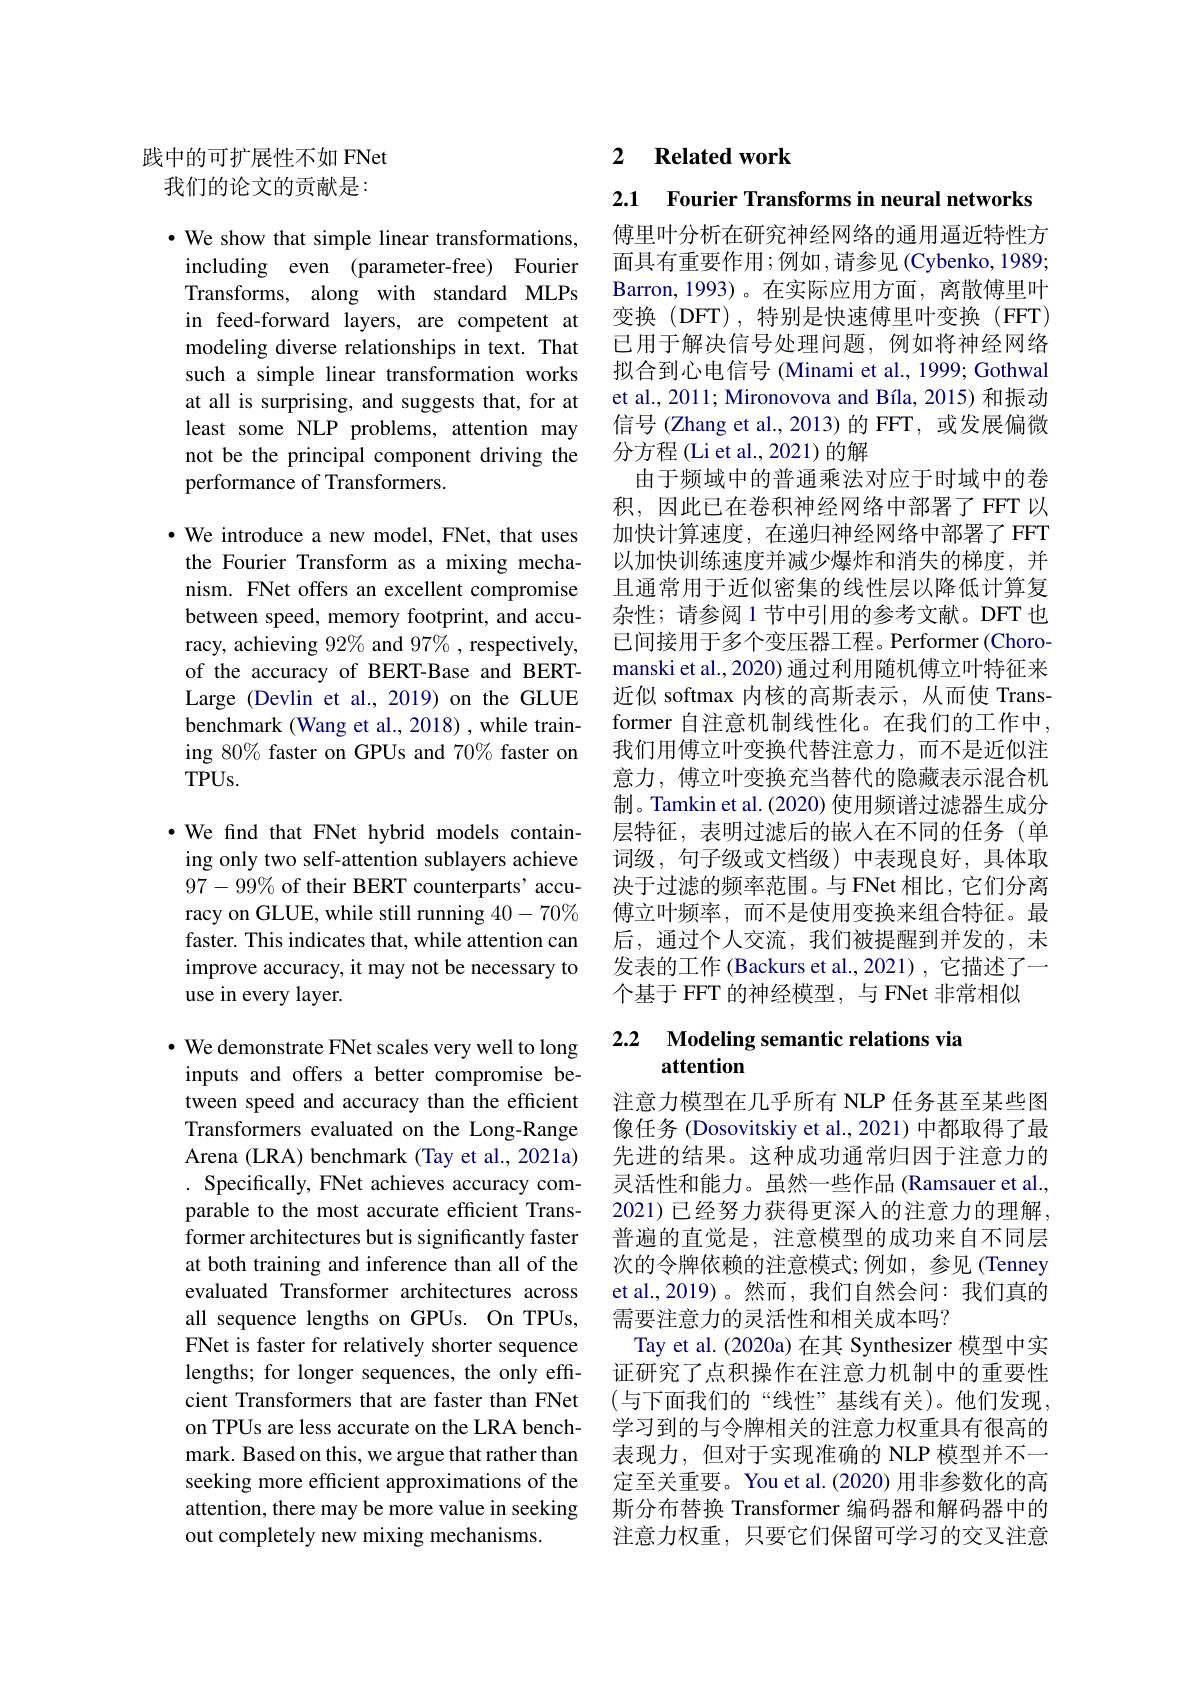
践中的可扩展性不如 FNet 我们的论文的贡献是：

$•$ We show that simple linear transformations, including even (parameter-free) Fourier Transforms, along with standard MLPs in feed-forward layers, are competent at modeling diverse relationships in text. That such a simple linear transformation works at all is surprising, and suggests that, for at least some NLP problems, attention may not be the principal component driving the performance of Transformers.

$\cdot$ We introduce a new model, FNet, that uses the Fourier Transform as a mixing mechanism. FNet offers an excellent compromise between speed, memory footprint, and accuracy, achieving 92% and 97% , respectively, of the accuracy of BERT-Base and BERTLarge (Devlin et al.,2019) on the GLUE benchmark (Wang et al., 2018) , while training 80% faster on GPUs and 70% faster on $TPUs.$

·We find that FNet hybrid models containing only two self-attention sublayers achieve $97-99\%$ of their BERT counterparts’accuracy on GLUE, while still running $40-70\%$ faster. This indicates that, while attention can improve accuracy, it may not be necessary to use in every layer.

$\cdot$ We demonstrate FNet scales very well to long inputs and offers a better compromise between speed and accuracy than the efficient Transformers evaluated on the Long-Range Arena (LRA) benchmark (Tay et al., 2021a) . Specifically, FNet achieves accuracy comparable to the most accurate efficient Transformer architectures but is significantly faster at both training and inference than all of the evaluated Transformer architectures across all sequence lengths on GPUs. On TPUs, FNet is faster for relatively shorter sequence lengths; for longer sequences, the only efficient Transformers that are faster than FNet on TPUs are less accurate on the LRA benchmark. Based on this, we argue that rather than seeking more efficient approximations of the attention, there may be more value in seeking out completely new mixing mechanisms.

### 2 $\textbf{Related work}$

2.1 Fourier Transforms in neural networks 傅里叶分析在研究神经网络的通用逼近特性方面具有重要作用；例如，请参见(Cybenko,1989; Barron,1993)。在实际应用方面，离散傅里叶变换(DFT),特别是快速傅里叶变换(FFT) 已用于解决信号处理问题，例如将神经网络拟合到心电信号 (Minami et al., 1999; Gothwal et al., 2011; Mironovova and Bíla, 2015) 和振动信号 (Zhang et al.,2013)的 FFT, 或发展偏微分方程(Li et al., 2021)的解
由于频域中的普通乘法对应于时域中的卷积，因此已在卷积神经网络中部署了FFT以加快计算速度，在递归神经网络中部署了 FFT 以加快训练速度并减少爆炸和消失的梯度，并且通常用于近似密集的线性层以降低计算复杂性；请参阅 1节中引用的参考文献。DFT 也已间接用于多个变压器工程。Performer (Choromanski et al., 2020) 通过利用随机傅立叶特征来近似 softmax 内核的高斯表示，从而使 Transformer 自注意机制线性化。在我们的工作中， 我们用傅立叶变换代替注意力，而不是近似注意力，傅立叶变换充当替代的隐藏表示混合机制。Tamkin et al. (2020) 使用频谱过滤器生成分层特征，表明过滤后的嵌入在不同的任务(单词级，句子级或文档级)中表现良好，具体取决于过滤的频率范围。与 FNet 相比，它们分离傅立叶频率，而不是使用变换来组合特征。最后，通过个人交流，我们被提醒到并发的，未发表的工作(Backurs et al.,2021),它描述了一个基于 FFT 的神经模型，与 FNet 非常相似

### 2.2 Modeling semantic relations via attention

注意力模型在几乎所有 NLP 任务甚至某些图像任务 (Dosovitskiy et al., 2021) 中都取得了最先进的结果。这种成功通常归因于注意力的灵活性和能力。虽然一些作品(Ramsauer et al., 2021) 已经努力获得更深人的注意力的理解， 普遍的直觉是，注意模型的成功来自不同层次的令牌依赖的注意模式；例如，参见(Tenney) et al.,2019)。然而，我们自然会问：我们真的需要注意力的灵活性和相关成本吗？
Tay et al. (2020a) 在其 Synthesizer 模型中实证研究了点积操作在注意力机制中的重要性(与下面我们的“线性”基线有关)。他们发现， 学习到的与令牌相关的注意力权重具有很高的表现力，但对于实现准确的 NLP 模型并不一定至关重要。You et al.(2020) 用非参数化的高斯分布替换 Transformer 编码器和解码器中的注意力权重，只要它们保留可学习的交叉注意